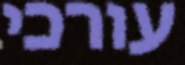
עורכי